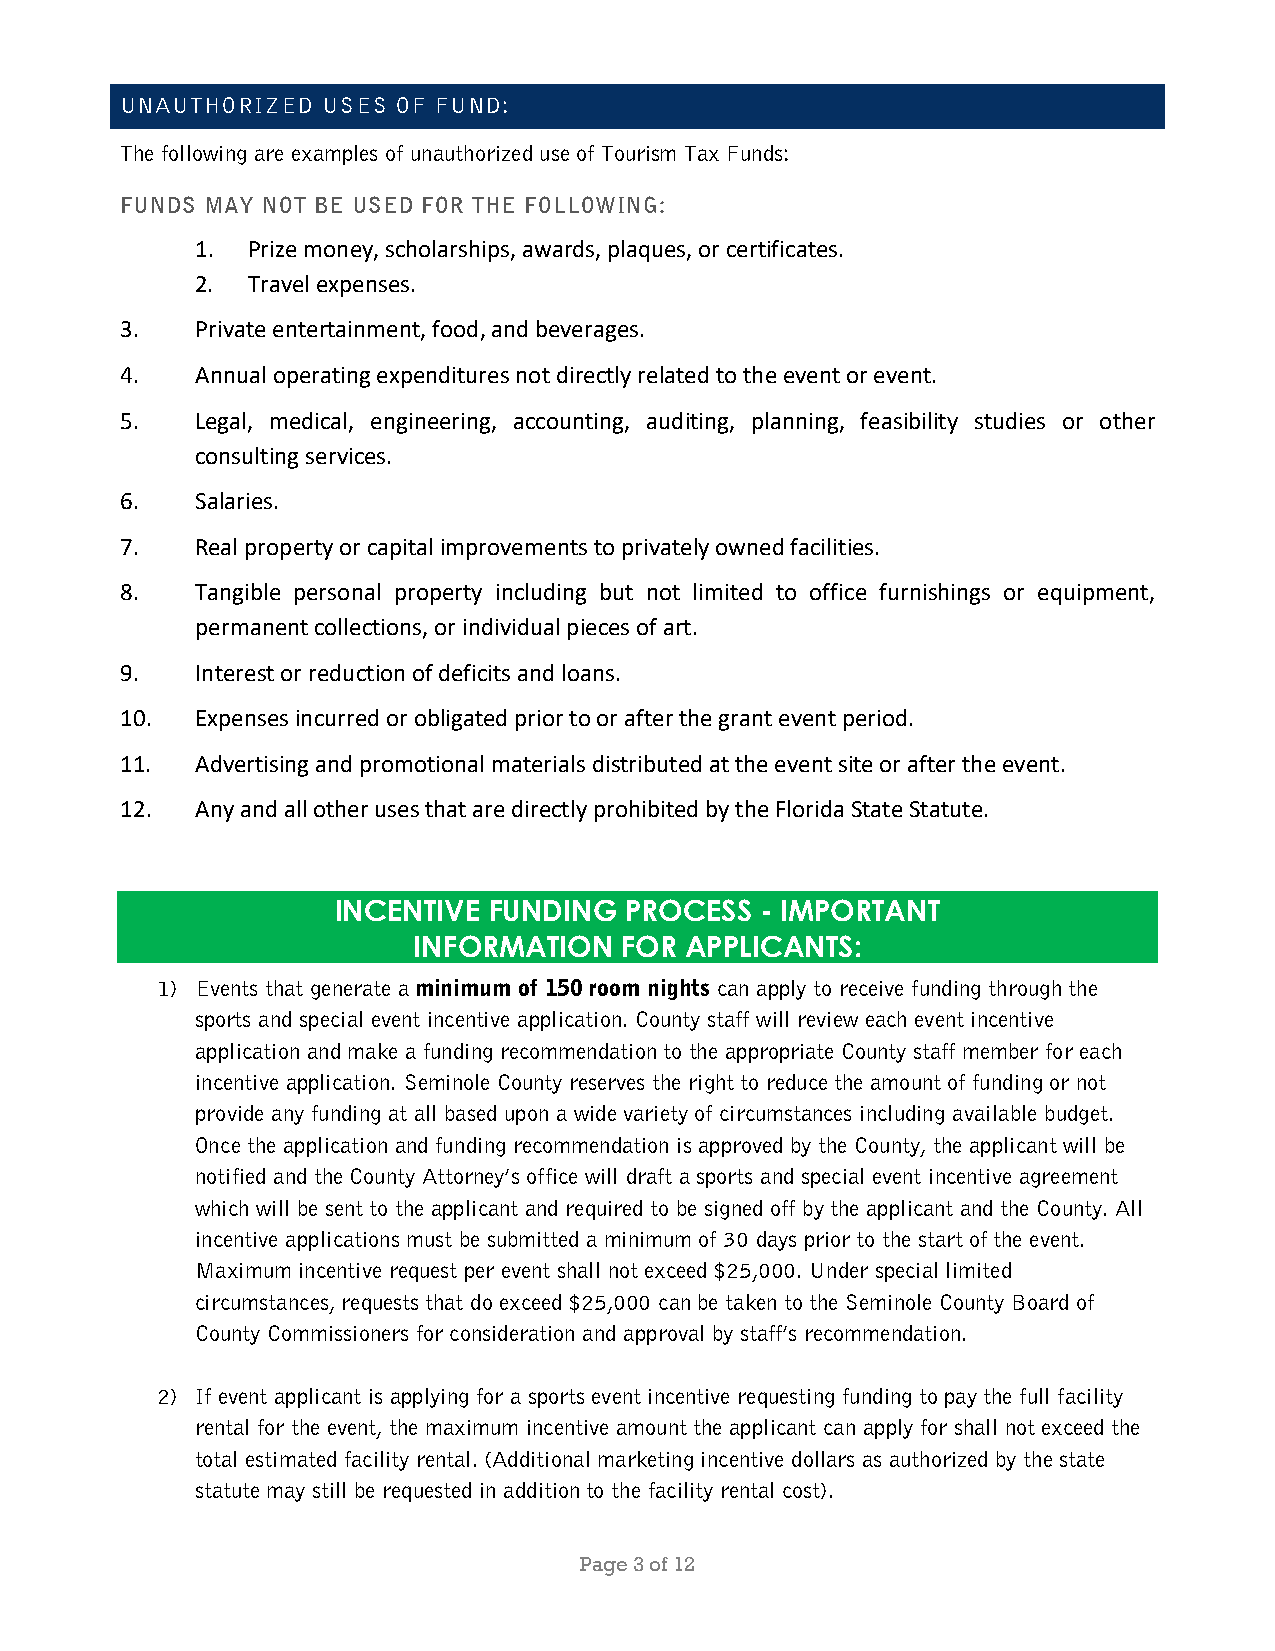
UNAUTHORIZED USES OF FUND:
 The following are examples of unauthorized use of Tourism Tax Funds:
 FUNDS MAY NOT BE USED FOR THE FOLLOWING:
 1. Prize money, scholarships, awards, plaques, or certificates.
 2. Travel expenses.
 3.   Private entertainment, food, and beverages.
 4.   Annual operating expenditures not directly related to the event or event.
 5.   Legal, medical, engineering, accounting, auditing, planning, feasibility studies or other
 consulting services.
 6.   Salaries.
 7.   Real property or capital improvements to privately owned facilities.
 8.   Tangible personal property including but not limited to office furnishings or equipment,
 permanent collections, or individual pieces of art.
 9.   Interest or reduction of deficits and loans.
 10.  Expenses incurred or obligated prior to or after the grant event period.
 11.  Advertising and promotional materials distributed at the event site or after the event.
 12.  Any and all other uses that are directly prohibited by the Florida State Statute.
 INCENTIVE FUNDING  PROCESS  - IMPORTANT
 INFORMATION   FOR APPLICANTS:
 1) Events that generate a minimum of 150 room nights can apply to receive funding through the
 sports and special event incentive application. County staff will review each event incentive
 application and make a funding recommendation to the appropriate County staff member for each
 incentive application. Seminole County reserves the right to reduce the amount of funding or not
 provide any funding at all based upon a wide variety of circumstances including available budget.
 Once the application and funding recommendation is approved by the County, the applicant will be
 notified and the County Attorney’s office will draft a sports and special event incentive agreement
 which will be sent to the applicant and required to be signed off by the applicant and the County. All
 incentive applications must be submitted a minimum of 30 days prior to the start of the event.
 Maximum incentive request per event shall not exceed $25,000. Under special limited
 circumstances, requests that do exceed $25,000 can be taken to the Seminole County Board of
 County Commissioners for consideration and approval by staff’s recommendation.
 2) If event applicant is applying for a sports event incentive requesting funding to pay the full facility
 rental for the event, the maximum incentive amount the applicant can apply for shall not exceed the
 total estimated facility rental. (Additional marketing incentive dollars as authorized by the state
 statute may still be requested in addition to the facility rental cost).
 Page 3 of 12